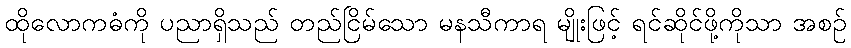
ထိုလောကဓံကို ပညာရှိသည် တည်ငြိမ်သော မနသီကာရ မျိုးဖြင့် ရင်ဆိုင်ဖို့ကိုသာ အစဉ်